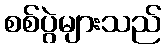
စစ်ပွဲများသည်